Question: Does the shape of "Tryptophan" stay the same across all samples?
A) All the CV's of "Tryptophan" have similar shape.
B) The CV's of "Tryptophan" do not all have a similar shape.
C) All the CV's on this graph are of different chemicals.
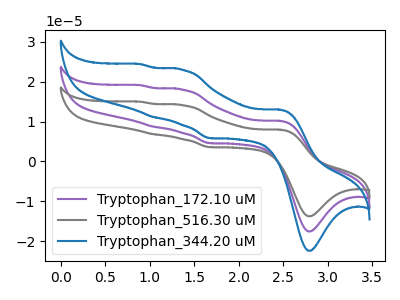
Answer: <think>The purple curve "Tryptophan_172.10 uM" has anodic peaks at (2.45V, 10.15uA) (1.35V, 18.05uA) (1.05V, 8.70uA) (0.90V, 19.10uA) and cathodic peaks at (2.80V, -17.55uA) (1.65V, 4.60uA). The gray curve "Tryptophan_516.30 uM" has anodic peaks at (2.45V, 20.35uA) (1.35V, 36.05uA) (1.05V, 17.40uA) (0.90V, 38.25uA) and cathodic peaks at (2.80V, -35.10uA) (1.65V, 9.15uA). The blue curve "Tryptophan_344.20 uM" has anodic peaks at (2.45V, 13.00uA) (1.35V, 23.00uA) (1.05V, 11.10uA) (0.90V, 24.40uA) and cathodic peaks at (2.80V, -22.40uA) (1.65V, 5.85uA).
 All the peaks in "Tryptophan_172.10 uM" have a peak in "Tryptophan_516.30 uM" at the same potential. All the peaks in "Tryptophan_172.10 uM" have a peak in "Tryptophan_344.20 uM" at the same potential. All the peaks in "Tryptophan_516.30 uM" have a peak in "Tryptophan_344.20 uM" at the same potential.</think>
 <answer>A) All the CV's of "Tryptophan" have similar shape.</answer>
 <eval>A</eval>